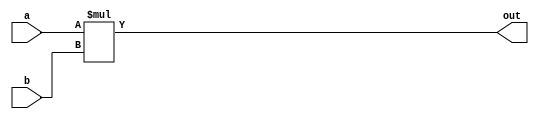

module unsigned_mult32 (out, a, b);
	output 	[31:0]	out;
	input 	[31:0] 	a;
	input 	[31:0] 	b;
    	wire    [63:0]   temp_out; 

	assign temp_out = a * b;
	assign out = temp_out[31:0];	
endmodule